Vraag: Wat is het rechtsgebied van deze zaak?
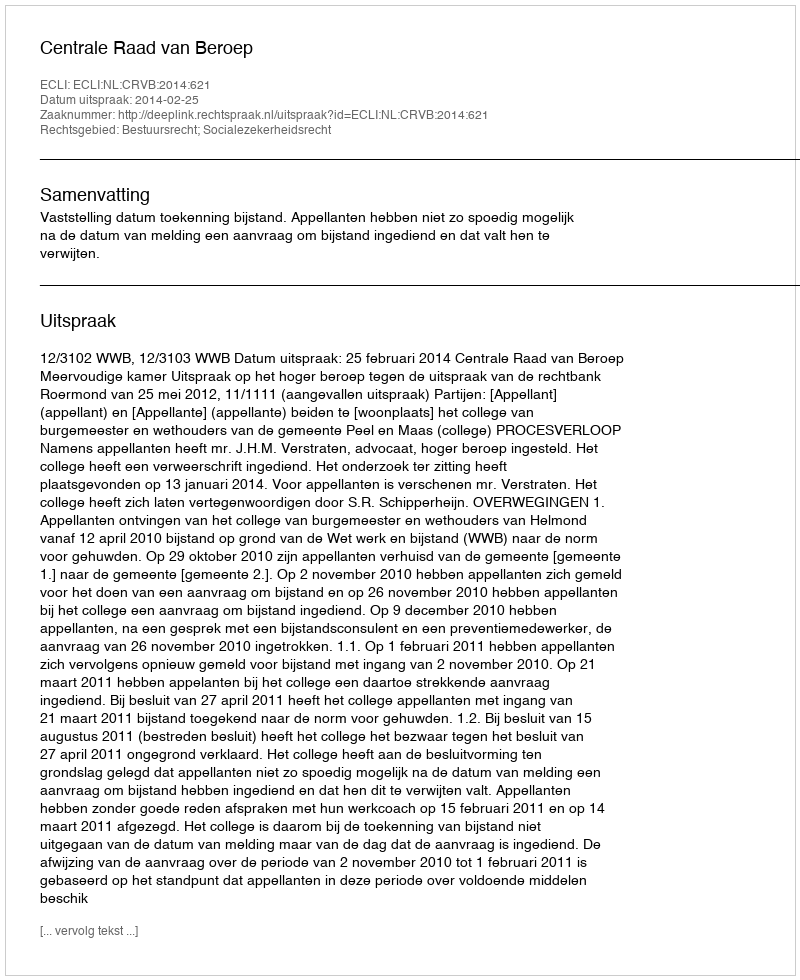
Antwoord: Bestuursrecht; Socialezekerheidsrecht